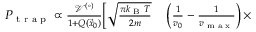
\begin{array} { r l } { P _ { \textrm { t r a p } } \propto \frac { \mathcal { V } ^ { ( \circ ) } } { 1 + Q ( \vec { x } _ { 0 } ) } \bigg [ \sqrt { \frac { \pi k _ { \textrm { B } } T } { 2 m } } } & { { } \left( \frac { 1 } { v _ { 0 } } - \frac { 1 } { v _ { \textrm { m a x } } } \right) \times } \end{array}